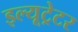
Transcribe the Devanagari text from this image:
इल्यूट्रेटर